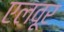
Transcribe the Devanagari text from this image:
एलवूर